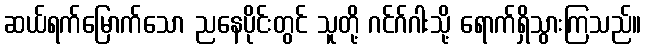
ဆယ်ရက်မြောက်သော ညနေပိုင်းတွင် သူတို့ ဂင်ဂ်ဂါးသို့ ရောက်ရှိသွားကြသည်။